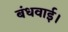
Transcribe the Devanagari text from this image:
बंधवाई।